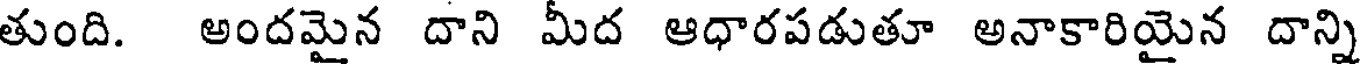
తుంది. అందమైన దాని మీద ఆధారపడుతూ అనాకారియైన దాన్ని